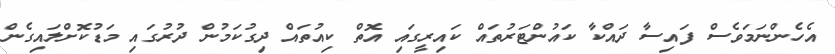
އެހެންނަމަވެސް ފައިސާ ދައްކާ ކައުންޓަރުތައް ކައިރީގައި އޮތް ކިއުތައް ދިގުކަމުން ދުރުގައި މަޑުކޮށްލައިގެން